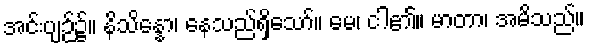
အင်းပျဉ်၌။ နိသိန္နော၊ နေသည်ရှိသော်။ မေ၊ ငါ၏။ မာတာ၊ အမိသည်။